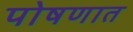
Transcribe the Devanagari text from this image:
पोषणात